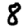
Digit: 8